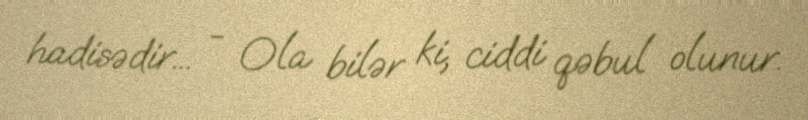
hadisədir... - Ola bilər ki, ciddi qəbul olunur.